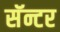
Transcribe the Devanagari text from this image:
सॅन्टर